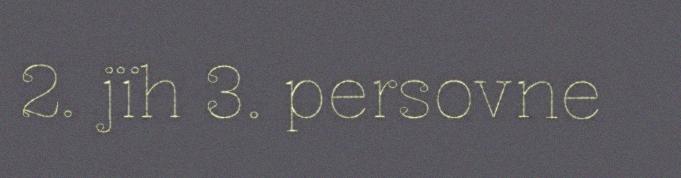
2. jïh 3. persovne